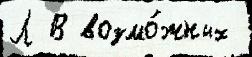
Л В возмо́жных